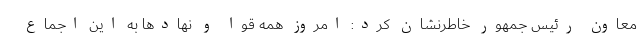
معاون رئیس جمهور خاطرنشان کرد: امروز همه قوا و نهادها به این اجماع